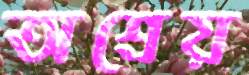
অশ্রেয়